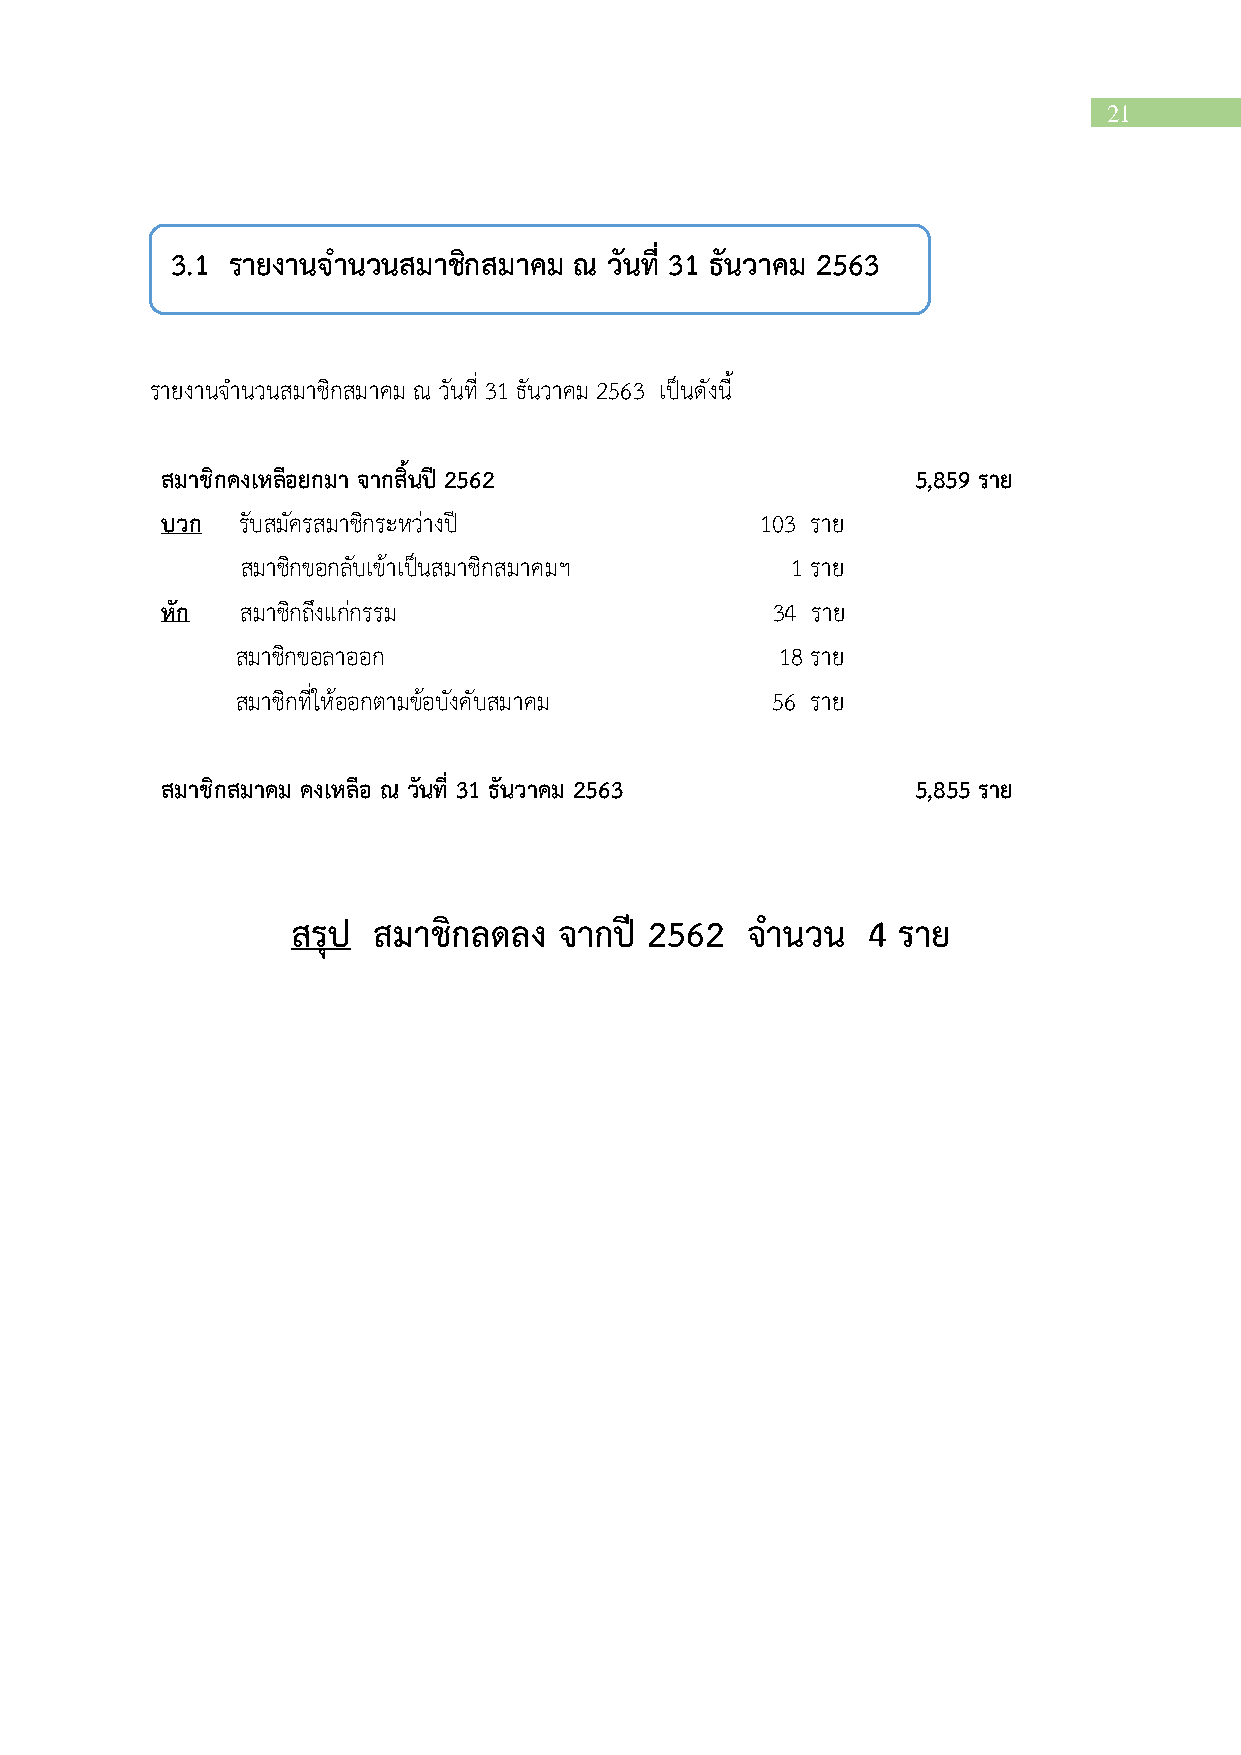
21
 3.1 รายงานจำนวนสมาชกิ สมาคม ณ วันที่ 31 ันวาคม 2563
 รายงานจำนวนสมาชิกสมาคม ณ วันที่ 31 ธันวาคม 2563 เป็นดังนี้
 สมาชิกคงเหลือยกมา จากสิ้นปี 2562                  5,859 ราย
 บวก  รับสมัครสมาชิกระหว่างปี           103 ราย
 สมาชิกขอกลับเข้าเป็นสมาชิกสมาคมฯ    1 ราย
 หัก  สมาชิกถึงแก่กรรม                   34 ราย
 สมาชิกขอลาออก                       18 ราย
 สมาชิกที่ให้ออกตามข้อบังคับสมาคม   56 ราย
 สมาชิกสมาคม คงเหลือ ณ วันที่ 31 ันวาคม 2563       5,855 ราย
 สรุป  สมาชิกลดลง  จากปี 2562  จำนวน   4 ราย